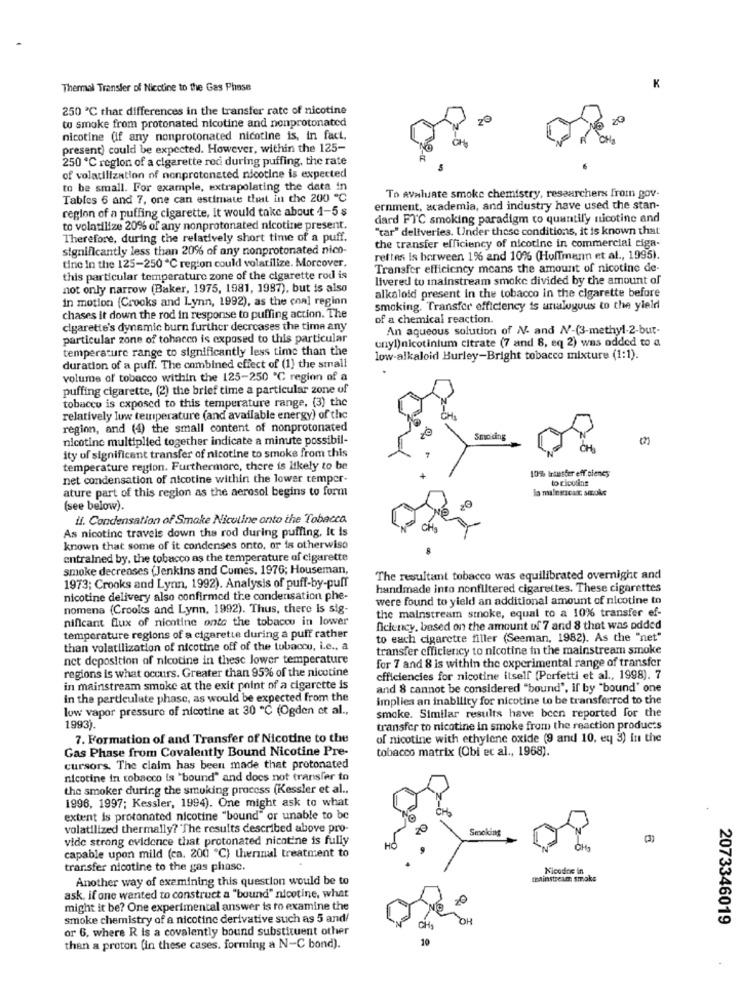
Thermal Transfer of Nicotine to the Gas Phase
K
250 ℃ thar differences in the transfer rate of nicotine
to smoke from protonated nicotine and nonprotonated
20
nicotine (if any nonprotonated nicotine is, in fact,
present) could be expected. However, within the 125-
250 ℃ region of a cigarette red during puffing, the rate
of volatilization of nonprotonsted nicotine is expected
to be small. For example, extrapolating the data in
Tables 6 and 7, one can estimate that in the 200 ℃
To Avaluate smoke chemistry, researchers from gov-
region of a puffing cigarette, it would take about 1-5 $
ernment, academia, and industry have used the stan-
dard FIC smoking paradigm to quantily nicotine and
to volatilize 20% of any nonprotonated nicotine present.
"tar" deliveries. Under these conditions, it is known that
Therefore, during the relatively short time of a puff.
significantly less than 20% of any nonprotonated nico-
the transfer efficiency of nicotine in commercial ciga-
rettes is between 1% and 10% (Hoffmann et al ., 1995).
tine in the 125-250 ℃ region could volatilize. Morcover,
Transfer efficiency means the amount of nicotine de-
this particular temperature zone of the cigarette rod is
livered to mainstream smoke divided by the amount of
not only narrow (Baker, 1975, 1981, 1997), but is also
alkaloid present in the tobacco in the cigarette before
in motion (Crooks and Lynn, 1992), as the con] region
smoking. Transfer efficiency is uraluguus to the yield
chases it down the rod in response to puffing action. The
of a chemical reaction.
cigarette's dynamic burn further decreases the time any
An aqueous solution of NV- and N/-(3-methyl-2-but-
particular zone of tohacen is exposed to this particular
unyl)nicotinium citrate (7 and 8, eq 2) was added to a
temperature range to significantly less time than the
low-alkaloid Burley-Bright tobacco mixture (1:1).
duration of a puff. The combined effect of (1) the small
volume of tobacco within the 125-250 ℃ region of a
puffing cigarette, (2) the brief time a particular zone of
tobacco is exposed to this temperature range, (3) the
relatively low temperature (and available energy) of the
region, and (4) the small content of nonprotonated
nicotine multiplied together indicate a minute possibil-
CH
ity of significant transfer of nicotine to smoke from this
temperature region. Furthermore, there is likely to be
10% Irteetter efficiency
net condensation of nicotine within the lower temper-
to ricolins
ature part of this region as the aerosol begins to form
lo mulesacar smoke
(see below)
2G
il. Condensation of Smoke Nicoline onto the Tobacco.
As nicotine travels down the rod during puffing, it is
known that some of it condenses onto, or is otherwise
entrained by, the tobacco as the temperature of cigarette
smoke decreases (Jenkins and Cumes, 1976; Houseman,
The resultant tobacco was equilibrated overnight and
1973; Crooks and Lynn, 1992). Analysis of puff-by-puff
handmade into nonfiltered cigarettes. These cigarettes
nicotine delivery also confirmed the condensation phe-
were found to yield an additional amount of nicotine in
nomena (Crooks and Lynn, 1992). Thus, there is sig-
the mainstream smoke, equal to a 10% transfer ef-
nificant flux of nicotine onto the tobacou in lower
ficiency, based on the amount of 7 and 8 that was added
temperature regions of a cigarette during a puff rather
to each cigarette filler (Seeman, 1982). As the "net"
than volatilization of nicotine off of the tubaccu, i.e ., a
transfer efficiency to nicotine in the mainstream smoke
net deposition of nicotine in these lower temperature
for 7 and 8 is within the experimental range of transfer
regions is what occurs. Greater than 95% of the nicotine
efficiencies for nicotine itself [Porfetti et al ., 1998). 7
in mainstream smoke at the exit point of a cigarette is
and 8 cannot be considered "bound", if by "bound" one
in the particulate phase, as would be expected from the
implies an inability for nicotine to be transferred to the
low vapor pressure of nicotine at 30 ℃ (Ogden et al .,
smoke. Similar results have been reported for the
1993).
transfer to nicotine in smoke from the reaction products
7. Formation of and Transfer of Nicotine to the
of nicotine with ethylene oxide (9 and 10, ey 3) in the
Gas Phase from Covalently Bound Nicotine Pre-
tobacco matrix (Obi et al ., 1968).
cursors. The claim has been made that protonated
nicotine in tobacco is "bound" and does not transfer to
the smoker during the smoking process (Kessler et al .,
1996, 1997; Kessler, 1994). One might ask to what
extent is protonated nicotine "bound" or unable to be
volatilized thermally? "The results described above pro-
Smoking
vide strong evidence that protonated nicht'ne is fully
capable upon mild (ca. 200 ℃) therinal treatment to
transfer nicotine to the gas phase.
Nicodne in
Another way of examining this question would be to
mainstream smaks
ask, if one wanted to construct a "bound" nicotine, what
might it be? One experimental answer is to examine the
smoke chemistry of a nicotine derivative such as 5 and/
2073346019
or 6, where R is a covalently bound substituent other
than a proton (in these cases, forming a N-C bond).